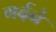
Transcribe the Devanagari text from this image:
गर्दने